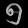
Digit: ၅